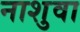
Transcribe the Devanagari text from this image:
नाशुवा